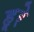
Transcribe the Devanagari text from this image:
हूरे